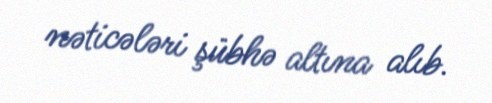
nəticələri şübhə altına alıb.